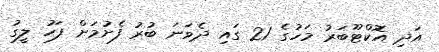
އަދި އޮކްޓޫބަރު މަހުގެ 21 ގައި ދެވަނަ ބުރު ފެށުމަށް ފަހު ލީގު